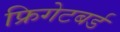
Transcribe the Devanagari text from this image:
फ्रिगेटबर्ड